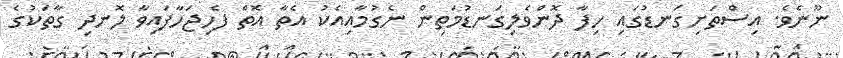
ނޫނެވެ. އިސްތަށިގަނޑުގައި ހިފާ ދޮންވެލިގަނޑުމަތިން ނެގުމާއިއެކު އެތާ އޮތް ފެހިޖަހާފައިވާ ލޮނދި ގާތަކުގެ